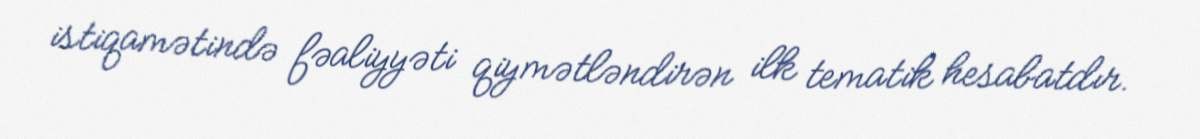
istiqamətində fəaliyyəti qiymətləndirən ilk tematik hesabatdır.